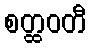
စတ္ထဝတီ